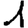
Digit: 1